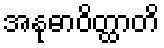
အနုဓာဝိတ္ထာတိ